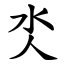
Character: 氼